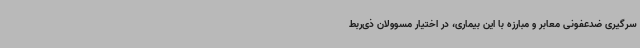
سرگیری ضدعفونی معابر و مبارزه با این بیماری، در اختیار مسوولان ذی‌ربط